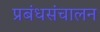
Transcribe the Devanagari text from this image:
प्रबंधसंचालन